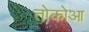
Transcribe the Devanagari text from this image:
तोकोआ